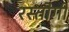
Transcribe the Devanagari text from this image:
रस्‍तोगी